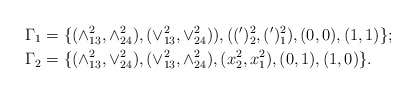
\begin{align*}\Gamma_{1} &=\{(\wedge^2_{13},\wedge^2_{24}),(\vee^2_{13},\vee^2_{24})), ((')^2_2,(')^2_1),(0,0), (1,1)\}; \\ \Gamma_{2}&=\{(\wedge^2_{13},\vee^2_{24}),(\vee^2_{13},\wedge^2_{24}), (x^2_2,x^2_1), (0,1),(1,0)\} .\end{align*}